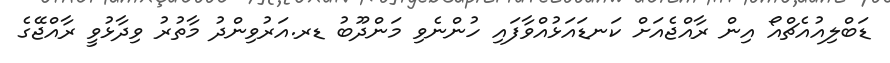
ޑަބްލިއުއެޗްއޯ އިން ރާއްޖެއަށް ކަނޑައަޅުއްވާފައި ހުންނެވި މަންދޫބު ޑރ.އަރުވިންދު މާތުރު ވިދާޅުވީ ރާއްޖޭގެ